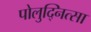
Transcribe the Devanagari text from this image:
पोलुद्नित्सा